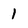
Character: 1